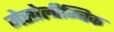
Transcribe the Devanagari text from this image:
मेसोलीम्बिक